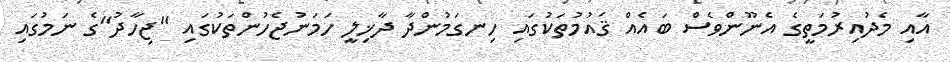
އާއި މެދުއިރުމަތީގެ އެނޫންވެސް ބައެއް ޤައުމުތަކުގައި ހިނގަމުންދާ ދާޚިލީ ހަމަނުޖެހުންތަކުގައި "ޖިހާދު"ގެ ނަމުގައި